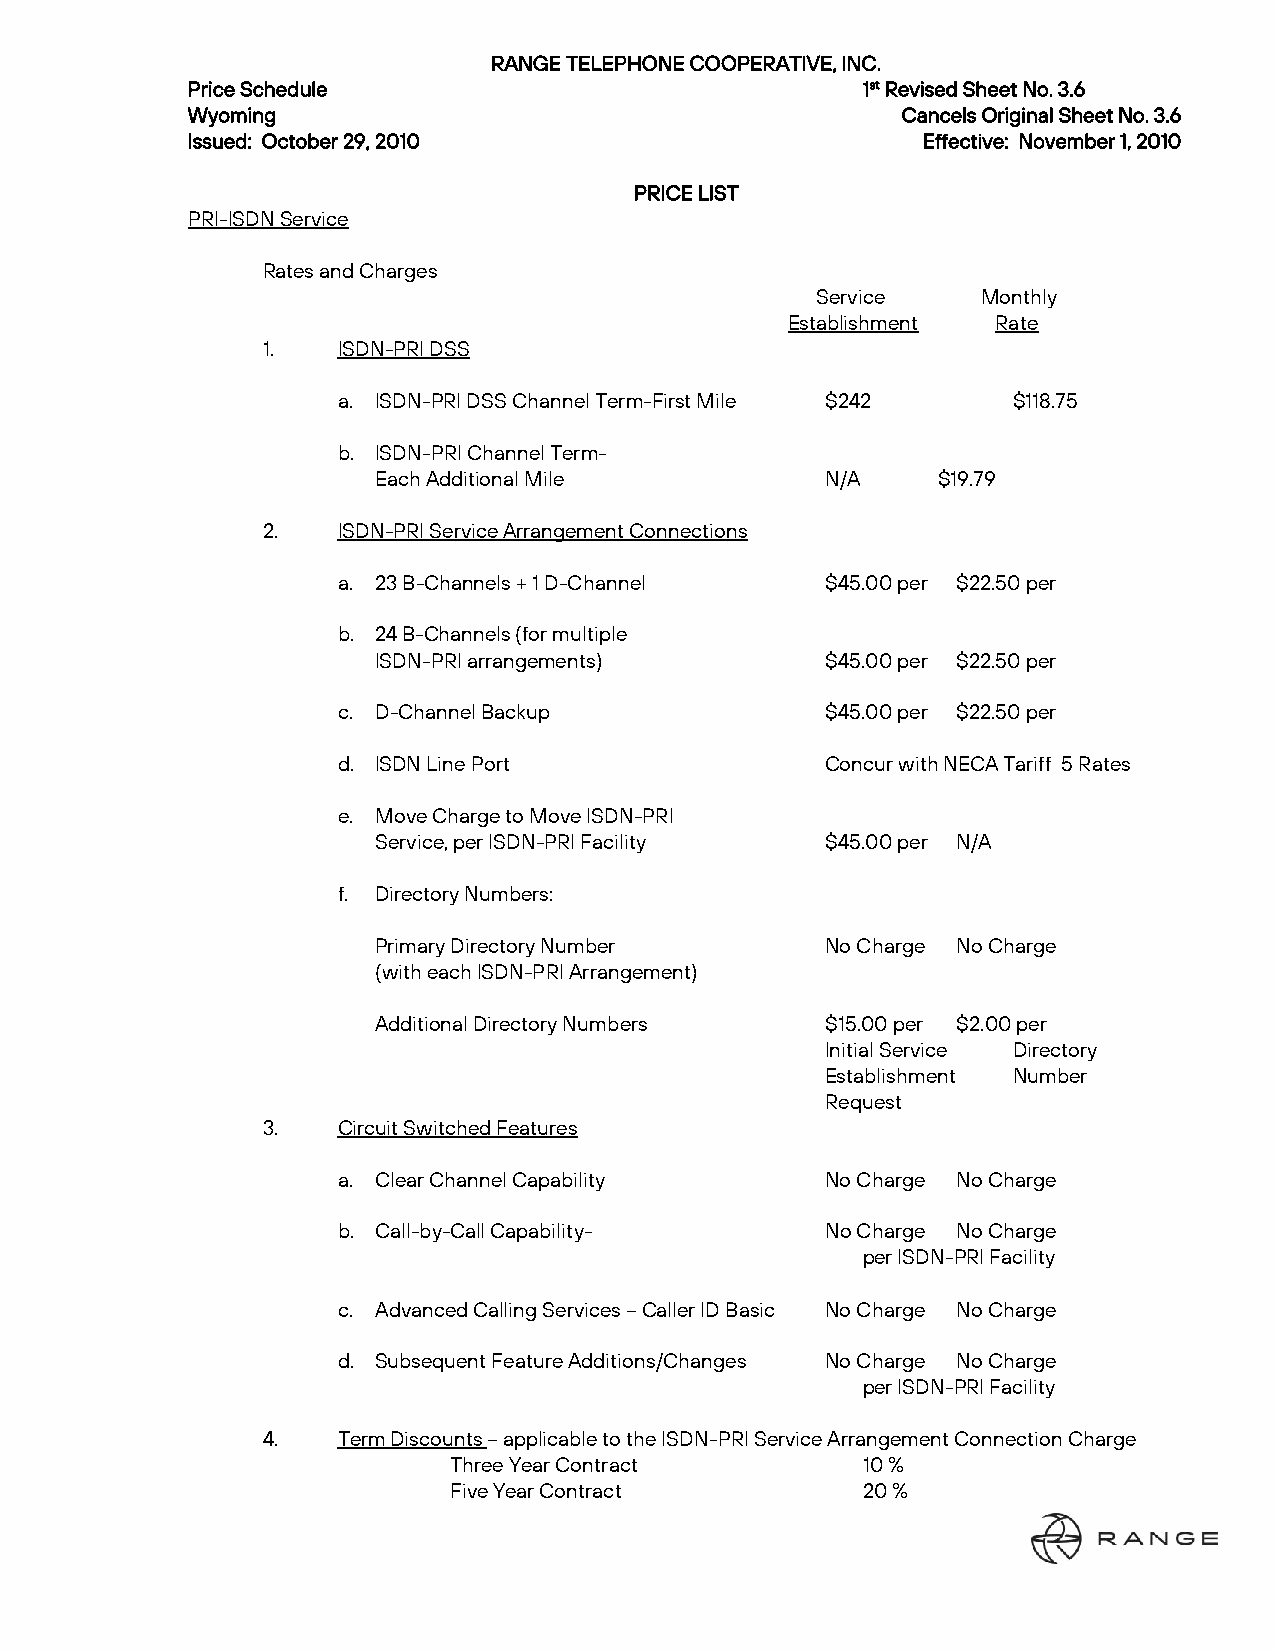
RANGE TELEPHONE COOPERATIVE, INC.
 Price Schedule                               1st Revised Sheet No. 3.6
 Wyoming                                         Cancels Original Sheet No. 3.6
 Issued: October 29, 2010                         Effective: November 1, 2010
 PRICE LIST
 PRI-ISDN Service
 Rates and Charges
 Service    Monthly
 Establishment Rate
 1.   ISDN-PRI DSS
 a. ISDN-PRI DSS Channel Term-First Mile $242 $118.75
 b. ISDN-PRI Channel Term-
 Each Additional Mile          N/A    $19.79
 2.   ISDN-PRI Service Arrangement Connections
 a. 23 B-Channels + 1 D-Channel   $45.00 per $22.50 per
 b. 24 B-Channels (for multiple
 ISDN-PRI arrangements)        $45.00 per $22.50 per
 c. D-Channel Backup              $45.00 per $22.50 per
 d. ISDN Line Port                Concur with NECA Tariff 5 Rates
 e. Move Charge to Move ISDN-PRI
 Service, per ISDN-PRI Facility $45.00 per N/A
 f. Directory Numbers:
 Primary Directory Number      No Charge No Charge
 (with each ISDN-PRI Arrangement)
 Additional Directory Numbers  $15.00 per $2.00 per
 Initial Service Directory
 Establishment Number
 Request
 3.   Circuit Switched Features
 a. Clear Channel Capability      No Charge No Charge
 b. Call-by-Call Capability-      No Charge No Charge
 per ISDN-PRI Facility
 c. Advanced Calling Services – Caller ID Basic No Charge No Charge
 d. Subsequent Feature Additions/Changes No Charge No Charge
 per ISDN-PRI Facility
 4.   Term Discounts – applicable to the ISDN-PRI Service Arrangement Connection Charge
 Three Year Contract        10 %
 Five Year Contract         20 %